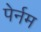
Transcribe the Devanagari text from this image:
पेर्नम